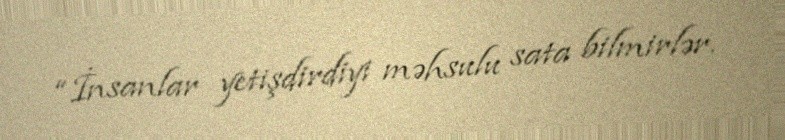
“İnsanlar yetişdirdiyi məhsulu sata bilmirlər.